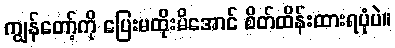
ကျွန်တော့်ကို ပြေးမထိုးမိအောင် စိတ်ထိန်းထားရပုံပဲ။